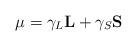
LaTeX: \begin{align*}{\bf \mu} = \gamma_L {\bf L} +\gamma_S {\bf S}\end{align*}